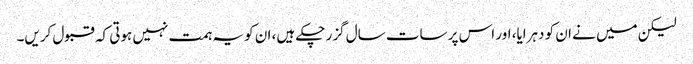
لیکن میں نے ان کو دہرایا، اور اس پر سات سال گزر چکے ہیں، ان کو یہ ہمت نہیں ہوتی کہ قبول کریں۔